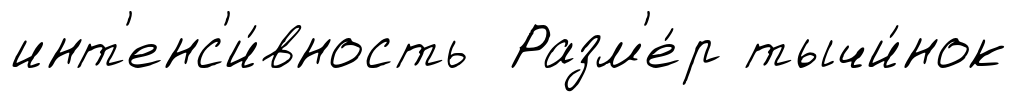
инт'енс'и́вность Разм'е́р тычи́нок